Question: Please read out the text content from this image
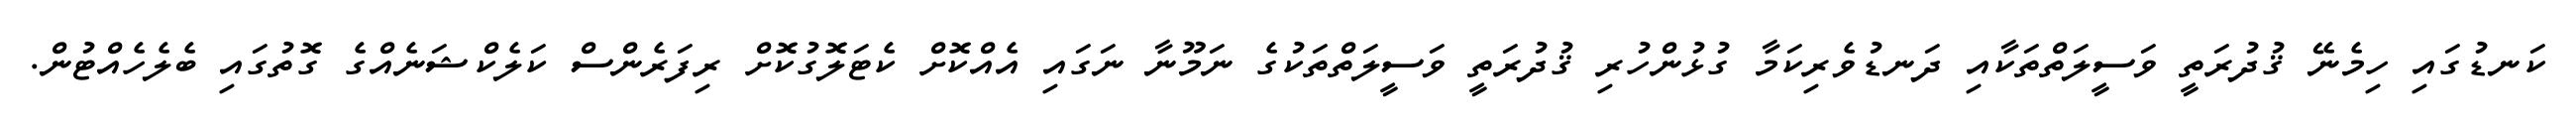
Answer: ކަނޑުގައި ހިމެނޭ ޤުދުރަތީ ވަސީލަތްތަކާއި ދަނޑުވެރިކަމާ ގުޅުންހުރި ޤުދުރަތީ ވަސީލަތްތަކުގެ ނަމޫނާ ނަގައި އެއްކޮށް ކެޓަލޮގުކޮށް ރިފަރެންސް ކަލެކްޝަނެއްގެ ގޮތުގައި ބެލެހެއްޓުން.